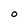
Character: O